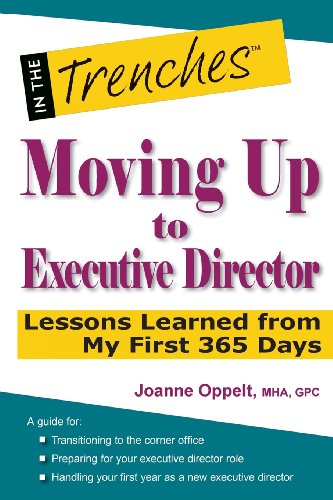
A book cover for Moving Up to Executive Director: Lessons Learned from My First 365 Days; Joanne Oppelt; Business & Money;